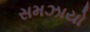
સમઝાયો